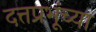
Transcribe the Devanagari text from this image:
दत्तप्रभूंच्या